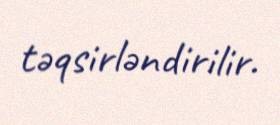
təqsirləndirilir.